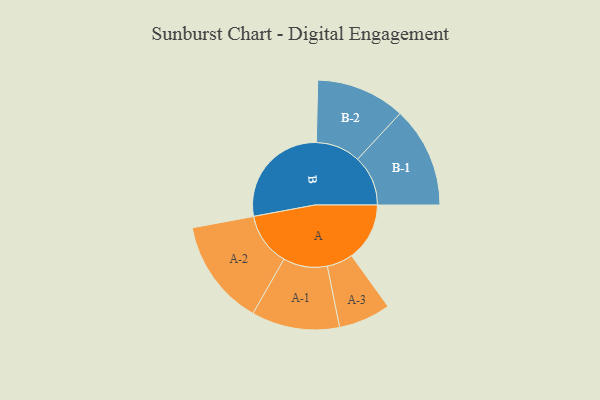
{"axis": {"x": "Segment", "y": "Value"}, "legend": ["", "A", "B"], "data": [{"x": "A", "y": 229, "type": ""}, {"x": "B", "y": 430, "type": ""}, {"x": "A-1", "y": 174, "type": "A"}, {"x": "A-2", "y": 210, "type": "A"}, {"x": "A-3", "y": 103, "type": "A"}, {"x": "B-1", "y": 199, "type": "B"}, {"x": "B-2", "y": 176, "type": "B"}]}